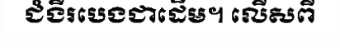
ជំងឺរបេងជាដើម។ លើសពី